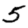
Digit: 5